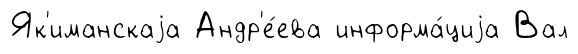
Як'иманскаjа Андр'е́ева информа́циjа Вал